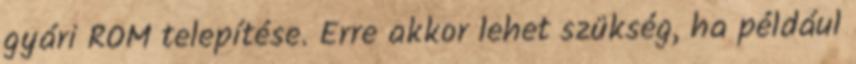
gyári ROM telepítése. Erre akkor lehet szükség, ha például